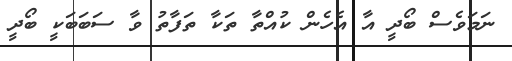
ނަމަވެސް ބޯދީ އާ އެހެން ކުއްތާ ތަކާ ތަފާތު ވާ ސަބަބަކީ ބޯދީ